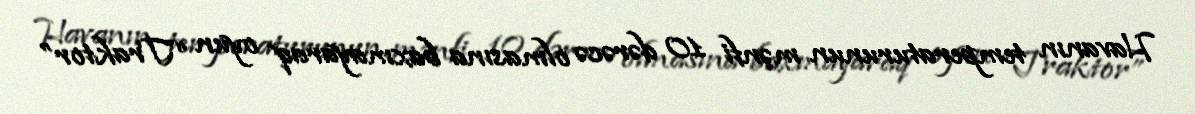
Havanın temperaturunun mənfi 10 dərəcə olmasına baxmayaraq oyun “Traktor”